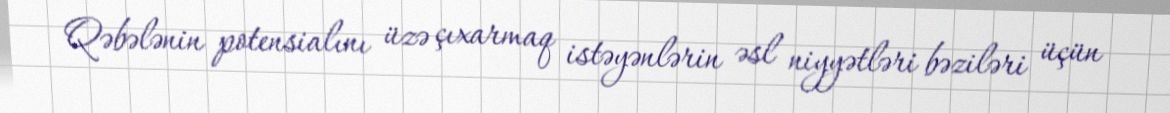
Qəbələnin potensialını üzə çıxarmaq istəyənlərin əsl niyyətləri bəziləri üçün